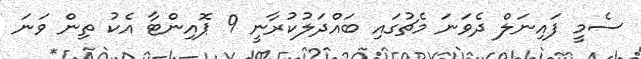
ސެމީ ފައިނަލް ދެވަނަ މެޗުގައި ބައްދަލުކުރާނީ 9 ޕޮއިންޓާ އެކު ތިން ވަނަ